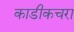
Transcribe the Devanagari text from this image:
काडीकचरा